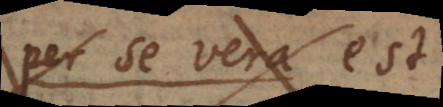
est vera est